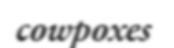
cowpoxes